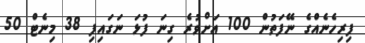
ފިރިހެނެއްގެ ނޭފަތުން 100 އަށްވުރެ ގިނަ ފުޅަ ނަގައިފި 38 މިނެޓް 50